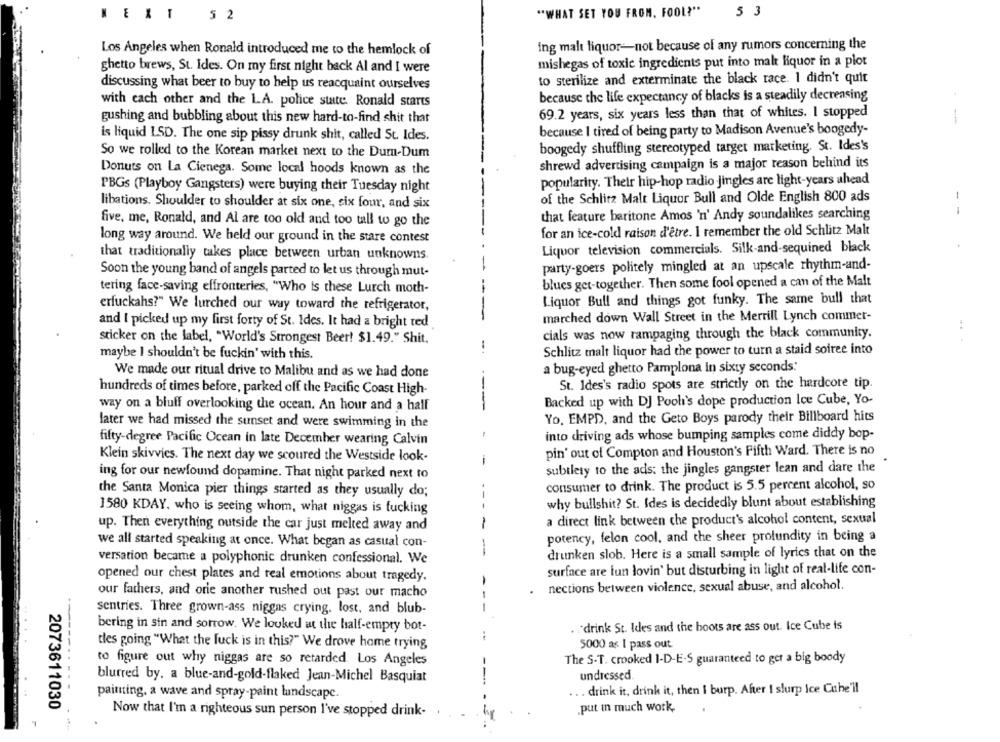
"WHAT SET YOU FROM, FOOL?"
5 3
E
T
5 2
Los Angeles when Ronald introduced me to the hemlock of
ing malt liquor-not because of any rumors concerning the
mishegas of toxic ingredients put into malt liquor in a plot
ghetto brews, St. Ides. On my first night back Al and I were
to sterilize and exterminate the black race. 1 didn't quit
discussing what beer to buy to help us reacquaint ourselves
because the life expectancy of blacks is a steadily decreasing
with each other and the LA. police state. Ronald starts
gushing and bubbling about this new hard-to-find shit that
69.2 years, six years less than that of whites. I stopped
because I tired of being party to Madison Avenue's boogedy-
is liquid LSD. The one sip pissy drunk shit, called St. Ides.
boogedy shuffling stereotyped target marketing. St. Ides's
So we rolled to the Korean market next to the Dum-Dum
shrewd advertising campaign is a major reason behind its
Donuts on La Cienega. Some local hoods known as the
popularity. Their hip-hop radio Jingles are light-years ahead
PBGs (Playboy Gangsters) were buying their Tuesday night
of the Schlitz Malt Liquor Bull and Olde English 800 ads
libations. Shoulder to shoulder at six one, six four, and six
--
that feature baritone Amos 'n' Andy soundalikes searching
five, me, Ronald, and Al are too old and too tall to go the
for an ice-cold raison d'être. I remember the old Schlitz Malt
long way around. We held our ground in the stare contest
Liquor television commercials. Silk-and-sequined black
that traditionally takes place between urban unknowns.
party-goers politely mingled at an upscale rhythm-and-
Soon the young band of angels parted to let us through mut-
blues get-together. Then some fool opened a can of the Malt
tering face-saving effronteries, "Who is these Lurch moth-
Liquor Bull and things got funky. The same bull that
erfuckahs?" We lurched our way toward the refrigerator,
marched down Wall Street in the Merrill Lynch commer-
and I picked up my first forty of St. Ides. It had a bright red
cials was now rampaging through the black community.
sticker on the label, "World's Strongest Beer! $1.49." Shit.
... .
maybe I shouldn't be fuckin' with this.
Schlitz malt liquor had the power to turn a staid soiree into
a bug-eyed ghetto Pamplona in sixty seconds:
We made our ritual drive to Malibu and as we had done
St. Ides's radio spots are strictly on the hardcore tip.
hundreds of times before, parked off the Pacific Coast High-
Backed up with DJ Pool's dope production Ice Cube, Yo-
way on a bluff overlooking the ocean. An hour and a half
later we had missed the sunset and were swimming in the
Yo. EMPD, and the Geto Boys parody their Billboard hits
into driving ads whose bumping samples come diddy bop-
fifty-degree Pacific Ocean in late December wearing Calvin
pin' out of Compton and Houston's Fifth Ward. There is no
Klein skivvics. The next day we scoured the Westside look.
ing for our newfound dopamine. That night parked next to
subtlety to the ads: the jingles gangster lean and dare the
consumer to drink. The product is 5.5 percent alcohol, so
the Santa Monica pier things started as they usually do;
why bullshit? St. Ides is decidedly blunt about establishing
1580 KDAY, who is seeing whom, what niggas is fucking
a direct link between che product's alcohol content, sexual
-
up. Then everything outside the car just melted away and
potency, felon cool, and the sheer prolundity in being a
we all started speaking at once. What began as casual con-
-
drunken slob. Here is a small sample of lyrics that on the
versation became a polyphonic drunken confessional. We
surface are lun lovin' but disturbing in light of real-life con-
opened our chest plates and real emotions about tragedy.
-
nections between violence, sexual abuse, and alcohol.
our fathers, and orie another rushed out past our macho
sentries. Three grown-ass niggas crying. lost, and blub-
bering in sin and sorrow. We looked at the half-empty bot-
. . drink St. Ides and the boots are ass out. Ice Cube is
tles going "What the fuck is in this?" We drove home trying
5000 as I pass out
The S-T. crooked 1-D-E-S guaranteed to get a big boody
to figure out why niggas are so retarded Los Angeles
undressed
blurred by. a blue-and-gold-flaked Jean-Michel Basquiat
.. drink it, drink it, then I burp. After I slurp Ice Cahe'll
painting, a wave and spray-paint landscape.
2073611030
Now that I'm a righteous sun person I've stopped drink-
.put in much work,